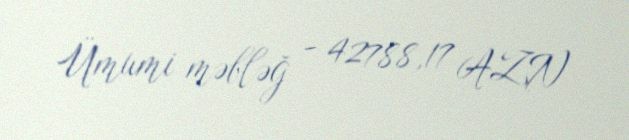
Ümumi məbləğ - 42788,17 AZN